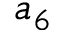
a _ { 6 }